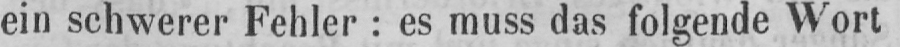
ein schwerer Fehler: es muss das folgende Wort